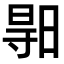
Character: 𣈗